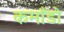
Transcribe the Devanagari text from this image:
कमाँडो